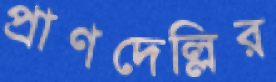
প্রাণদেল্লির